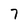
Character: 7